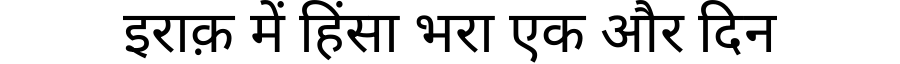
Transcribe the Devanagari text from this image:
इराक़ में हिंसा भरा एक और दिन